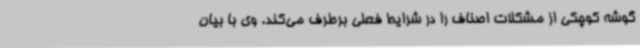
گوشه کوچکی از مشکلات اصناف را در شرایط فعلی برطرف می‌کند. وی با بیان